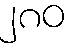
၂၈၀